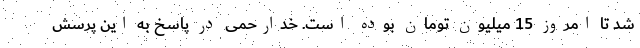
شد تا امروز 15 میلیون تومان بوده است. خدارحمی در پاسخ به این پرسش